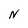
Character: N